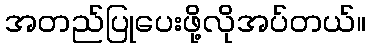
အတည်ပြုပေးဖို့လိုအပ်တယ်။